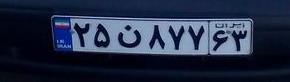
۲۵ن۸۷۷۶۳